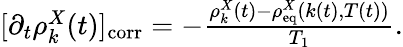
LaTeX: \begin{array}{r}{[\partial_{t}\rho_{k}^{X}(t)]_{\mathrm{corr}}=-\frac{\rho_{k}^{X}(t)-\rho_{\mathrm{eq}}^{X}(k(t),T(t))}{T_{1}}.}\end{array}